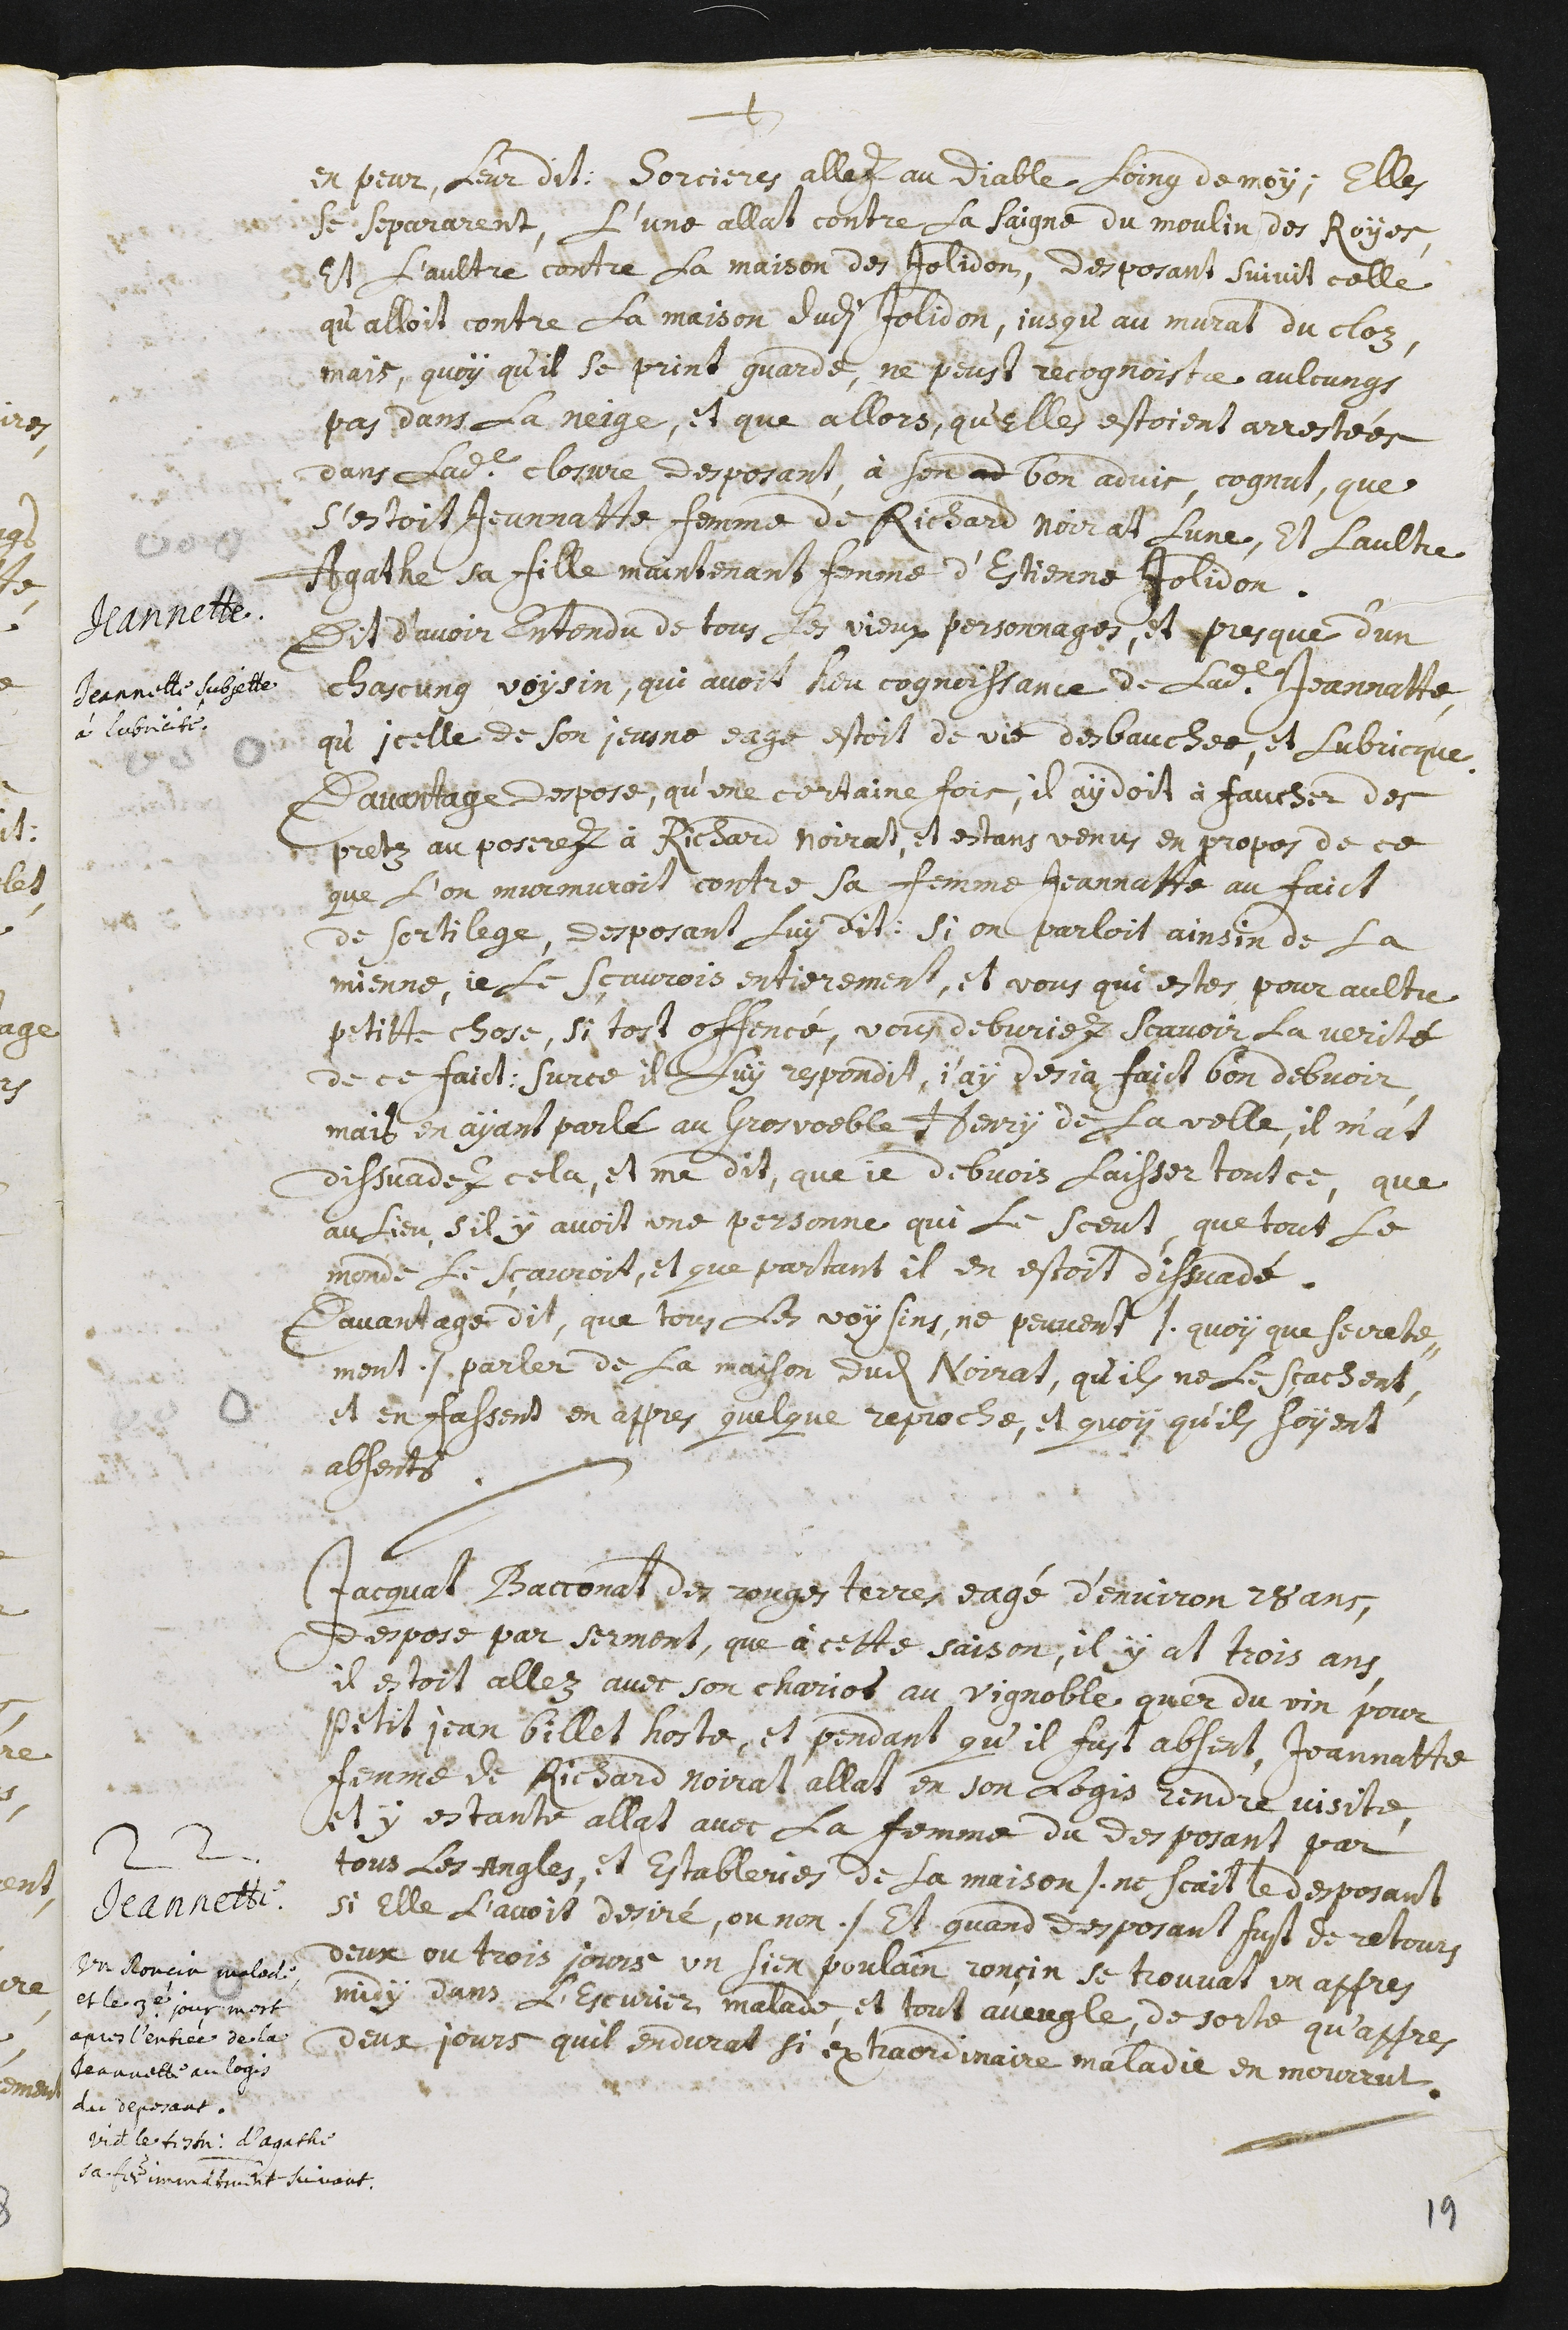
+
en peur, leur dit : Sorcieres allez au Diable loing de moÿ ; Elles
se separarent, l’une allat contre la Saigne du moulin des Royes,
et l’aultre contre la maison des Jolidon, desposant suivit celle
qu’alloit contre la maison dudit Jolidon, jusqu’au murat du cloz.
Mais, quoy qu’il se print guarde, ne peust recognoistre aulcungs
pas dans le neige. Et que allors, qu’elles estoient arrestées
dans ladite closure, desposant, à son bon advis, cognut, que
s’estoit Jeannatte femme de Richard Noirat l’une, et l’aultre
Agathe sa fille, maintenant femme d’Estienne Jolidon.
Jeannette.
Jeannette subjette
à lubricité
Dit d’avoir entendu de tous les vieux personnages, et presque d’un
chascung voysin, qui avoit heu cognoissance de ladite Jeannatte,
qu’icelle de son jeusne eage estoit de vie desbauchée, et lubrique.
Davantage despose, qu’une certaine fois, il aydoit à faucher des
pretz au poserez à Richard Noirat, et estans venus en propos de ce
que l’on murmuroit contre sa femme Jeannatte au faict
de sortilege, desposant luy dit : Si on parloit ainsin de la
Mienne, je le sçaurois entierement, et vous qui estés pour aultre
petitte chose, si tost offencé, vous debvriez scavoir la verité
de ce faict: Sur ce il luy respondit, j’ay desja faict bon debvoir,
mais en ayant parlé au grosvoeble Henry de la Velle, il m’at
dissuadez cela, et m’a dit, que je debvois laisser tout ce, que
au lieu, s’il y avoit une personne qui le sceut, que tout le
monde le sçauroit, et que partant il en estoit dissuadé.
Davantage dit, que tous les voysins, ne peuvent /. quoy que secrete-
ment ./ parler de la maison dudit Noirat, qu’ils ne le sçachent,
et en fassent en appres quelque reproche, et quoy qu’ils soyent
absents.
Jeannette.
un Roncin malade
et le 3e jour mort
apres l’entrée de la
Jeannette au logis
du deposant.
Videte le testimonium d’Agathe
sa femme immédiatement suivant.
22. Jacquat Bacconat des Rouges Terres eagé d’environ 28 ans,
despose par serment, que à cette saison, il y at trois ans,
il estoit allez avec son chariot au vignoble quer du vin pour
Petit Jean Billet hoste, et pendant qu’il fust absent, Jeannatte
femme de Richard Noirat allat en son logis rendre visite.
Et y estante allat avec la femme du desposant par
tous les angles, et estableries de la maison /. ne scait le desposant
si elle l’avoit desiré, ou non ./ et quand desposant fust de retours
deux ou trois jours un sien poulaîn ronçin se trouvat un appres
midy dans l’escurie malade, et tout aveugle, de sorte qu’appres
deux jours qu’il endurat si extraordinaire maladie en mourrut.